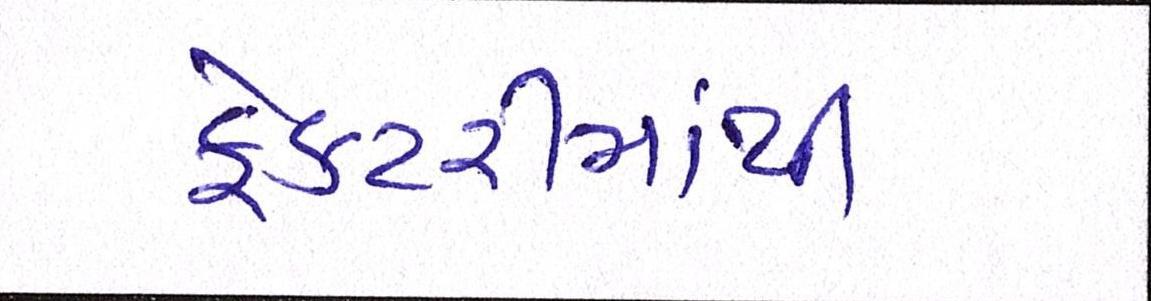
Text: ફેકટરીમાંથી